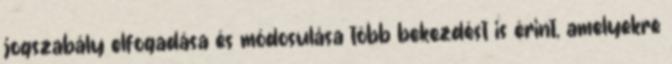
jogszabály elfogadása és módosulása több bekezdést is érint, amelyekre